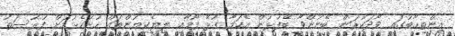
އިންތިހާބުގައި ވާދަކުރަން ބޭނުންވާ ބޭފުޅުން އެކަމާ ގުޅޭ ފޯމާއި ލިޔެކިޔުންތައް ހުށަހެޅުމަށް ފުރުސަތު